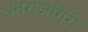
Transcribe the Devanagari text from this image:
धनराजगिरी